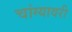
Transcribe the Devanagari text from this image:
चांग्यावरी